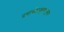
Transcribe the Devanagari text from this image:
प्रवासीउड्डाणांनुसार